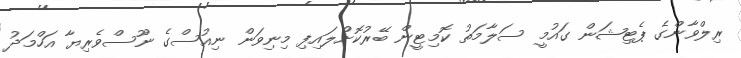
ރިލްވާންގެ ޕެޓިޝަން ގައުމީ ސަލާމަތު ކޮމިޓީން ބޭރުކޮށްލައިފި މިނިވަން ނިއުސްގެ ނޫސްވެރިޔާ އަހްމަދު